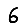
Digit: 6